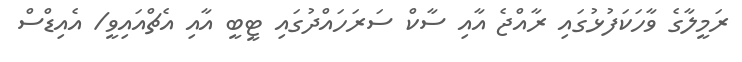
ރަމީލާގެ ވާހަކަފުޅުގައި ރާއްޖެ އާއި ސާކް ސަރަހައްދުގައި ޓީބީ އާއި އެޗްއައިވީ/ އެއިޑްސް